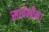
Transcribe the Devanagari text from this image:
सार्वभौम।